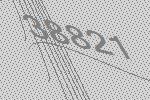
38821